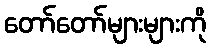
တော်တော်များများကို